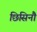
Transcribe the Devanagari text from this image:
छिसिनौ